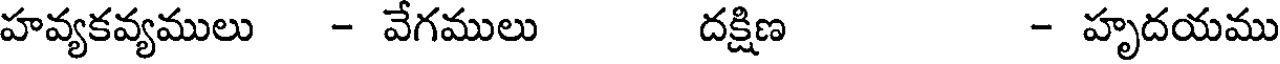
హవ్యకవ్యములు - వేగములు దక్షిణ - హృదయము